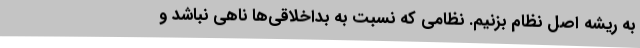
به ریشه اصل نظام بزنیم. نظامی که نسبت به بداخلاقی‌ها ناهی نباشد و